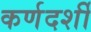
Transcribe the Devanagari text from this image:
कर्णदर्शी